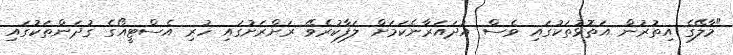
"މާލޭގެ އިތުރުން އަތޮޅުތަކުގައި ވެސް އުދައަރާނެކަމަށް ލަފާކުރެވޭ ރަށްރަށުގައި ހުރި އެސްޓީއޯގެ ގުދަންތަކުގައި